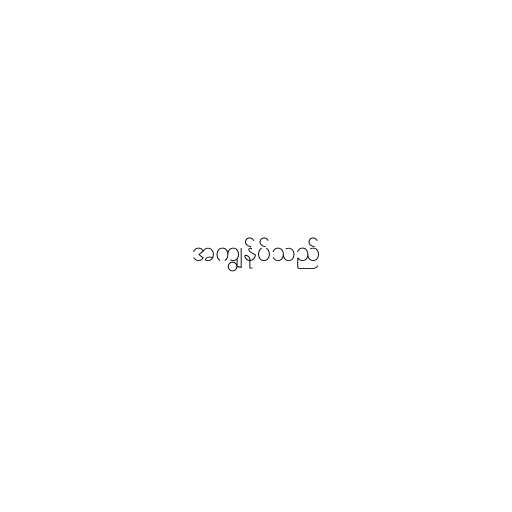
အကျွန်ုပ်သည်